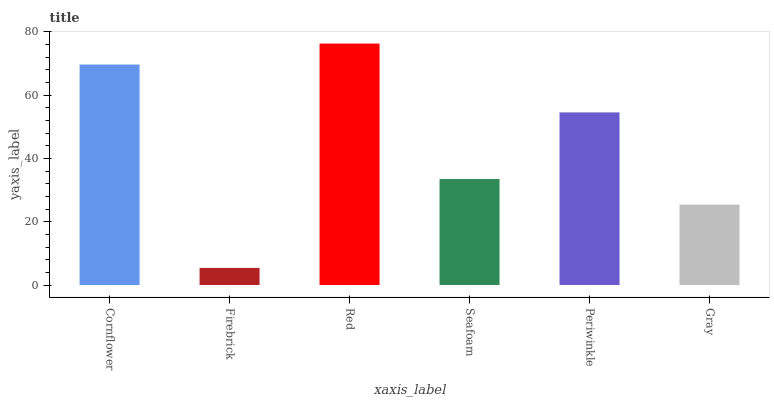
| xaxis_label | bars |
 | --- | --- |
 | Cornflower | 69.7 |
 | Firebrick | 5.41 |
 | Red | 76.3 |
 | Seafoam | 33.5 |
 | Periwinkle | 54.5 |
 | Gray | 25.4 |